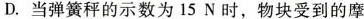
D.当弹簧秤的示数为15N时，物块受到的摩